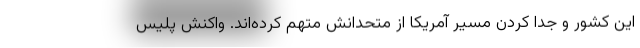
این کشور و جدا کردن مسیر آمریکا از متحدانش متهم کرده‌اند. واکنش پلیس